Subject: stat
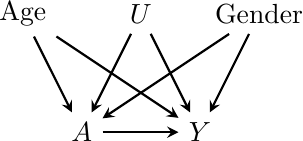
LaTeX code:
	    \begin{tikzpicture}[>=stealth, node distance=1.5cm]
			\tikzstyle{square} = [draw, thick, minimum size=1.0mm, inner sep=3pt]
			\begin{scope}
				\path[->, thick]
				node[] (a) {$A$}
                node[right of=a] (y) {$Y$}
                node[above of=a, xshift=0.75cm] (u) {$U$}
                node[left of=u] (age) {Age}
                node[right of=u] (gen) {Gender}

                (a) edge[black] (y)
                (u) edge[black] (a)
                (u) edge[black] (y)
                (age) edge[black] (a)
                (age) edge[black] (y)
                (gen) edge[black] (a)
                (gen) edge[black] (y)
				;
			\end{scope}
		\end{tikzpicture}